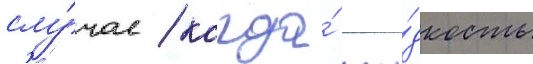
слу́чае / когда́ жи́дкость